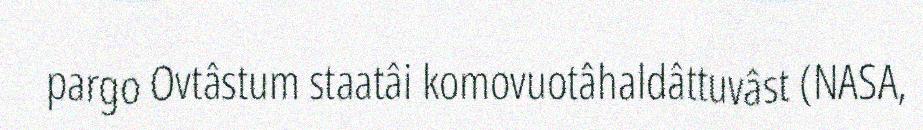
pargo Ovtâstum staatâi komovuotâhaldâttuvâst (NASA,